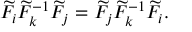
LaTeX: \widetilde { \cal F } _ { i } \widetilde { \cal F } _ { k } ^ { - 1 } \widetilde { \cal F } _ { j } = \widetilde { \cal F } _ { j } \widetilde { \cal F } _ { k } ^ { - 1 } \widetilde { \cal F } _ { i } .